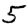
Digit: 5